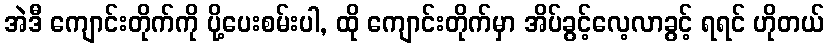
အဲဒီ ကျောင်းတိုက်ကို ပို့ပေးစမ်းပါ, ထို ကျောင်းတိုက်မှာ အိပ်ခွင့်လေ့လာခွင့် ရရင် ဟိုတယ်